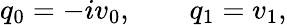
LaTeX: q_{0}=-iv_{0},\qquad q_{1}=v_{1},